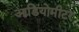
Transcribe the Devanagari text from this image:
आडियोमीटर